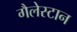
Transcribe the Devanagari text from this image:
गैलेस्टान